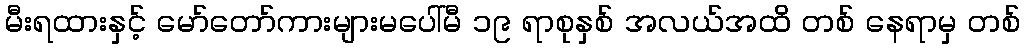
မီးရထားနှင့် မော်တော်ကားများမပေါ်မီ ၁၉ ရာစုနှစ် အလယ်အထိ တစ် နေရာမှ တစ်